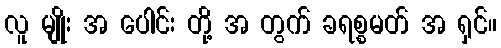
လူ မျိုး အ ပေါင်း တို့ အ တွက် ခရစ္စမတ် အ ရှင်။